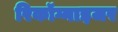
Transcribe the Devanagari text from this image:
रिकॉग्नाइजर